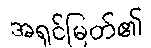
အရှင်မြတ်၏